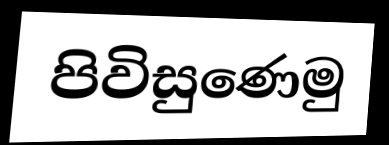
පිවිසුණෙමු